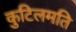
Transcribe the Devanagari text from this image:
कुटिलमति